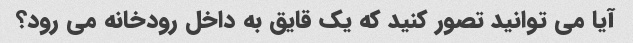
آیا می توانید تصور کنید که یک قایق به داخل رودخانه می رود؟